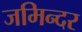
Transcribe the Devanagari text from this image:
जमिन्दर